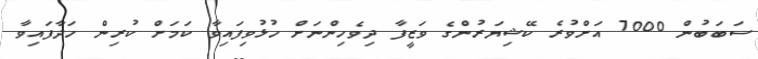
ސަބަބުން 7000 އަށްވުރެ ކޭޝިޔަރުންގެ ވަޒީފާ ދިވެހިންނަށް ހުޅުވިފައިވާ ކަމަށް ކުރިން ހަދާފައިވާ